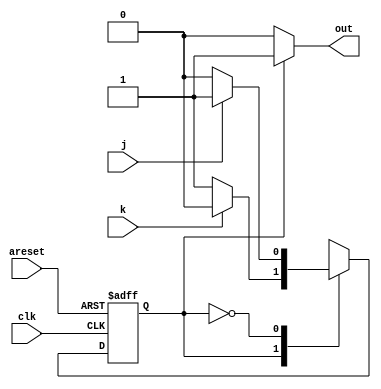
module top_module(
    input clk,
    input areset,
    input j,
    input k,
    output out
);  
    parameter OFF = 0, ON = 1; 
    reg state, next_state;

    always @(*) begin
        case (state)
            ON : if (k) begin
                next_state = OFF;
            end
            else begin
                next_state = ON;
            end
            OFF : if (j) begin
                next_state = ON;
            end
            else begin
                next_state = OFF;
            end
        endcase
    end

    always @(posedge clk, posedge areset) begin
        if (areset) begin
            state <= OFF;
        end
        else begin
            state <= next_state;
        end
    end

    assign out = (state == ON) ? 1'b1 : 1'b0;

endmodule